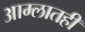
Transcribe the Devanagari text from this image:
आम्लातही